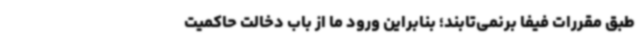
طبق مقررات فیفا برنمی‌تابند؛ بنابراین ورود ما از باب دخالت حاکمیت